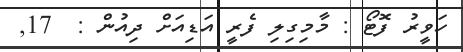
ހަވީރު ފޮޓޯ : މާމިގިލި ފެރީ އަޑިއަށް ދިއުން :  17